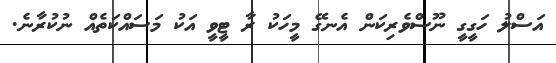
އަސްލު ހަގީގީ ނޫސްވެރިކަން އެނގޭ މީހަކު ރާ ޓީވީ އަކު މަސައްކަތެއް ނުކުރާނެ.